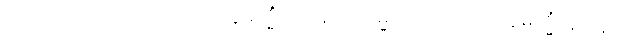
ပါသာဏေ၊ ကျောက်သည်။ ဣမသ္မိံ ဌာနေ၊ ၌။ ဝမ္မိကော၊ သည်။ ဣမသ္မိံ ဌာနေ၊ ၌။